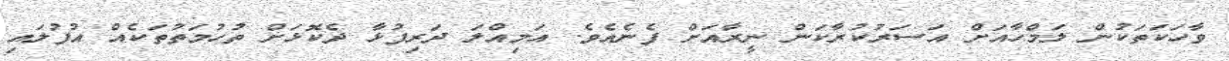
ވާހަކަތަކުން ލަމްހާއަށް އަސަރުކުރާކަން ނީރާއަށް ފެނެއެވެ. އަމިއްލަ ދަރިފުޅާ ދެކޮޅަށް ތުހުމަތުތަކެއް އުފުލައި